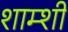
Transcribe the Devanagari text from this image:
शाम्शी